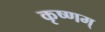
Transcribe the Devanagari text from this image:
कृष्णम्